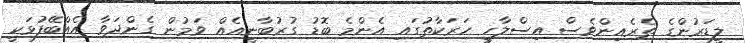
ލީޑަރުންގެ ތެރެއިންވެސް އިސްލާހީ ހަރަކާތުގައި އެންމެ ބޮޑު ގުރުބާނީއެއް ވަމުން ގެންދަވާ އެއްބޭފުޅަކީ